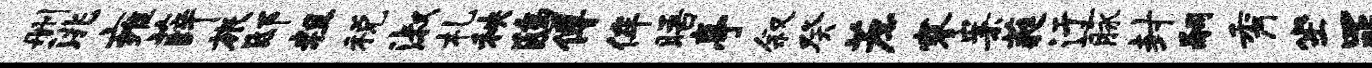
删洮雍薛旅邸粗税淑札秧鸱傅侔晤亭叙癸蔗寥案蕤迂脉封嗣秀坐罪